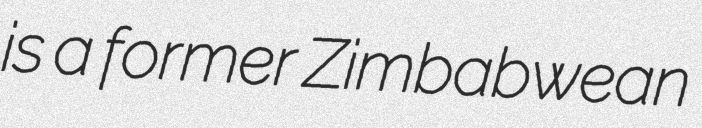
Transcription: is a former Zimbabwean